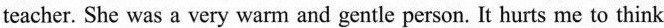
teacher. She was a very warm and gentle person. It hurts me to think